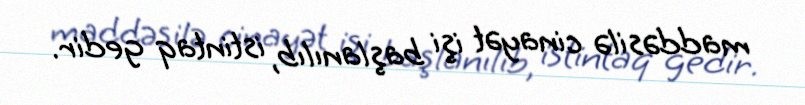
maddəsilə cinayət işi başlanılıb, istintaq gedir.